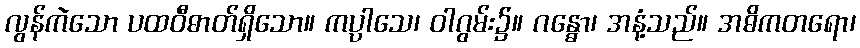
လွန်ကဲသော ပထဝီဓာတ်ရှိသော။ ကပ္ပါသေ၊ ဝါဂွမ်း၌။ ဂန္ဓော၊ အနံ့သည်။ အဓိကတရော၊